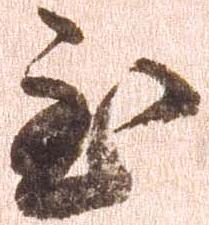
至